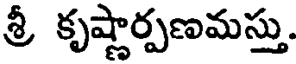
శ్రీ కృష్ణార్పణమస్తు.